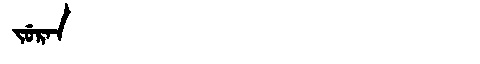
Manchu: ᠵᡠᡵᠠᠨ
Romanization: JURAN